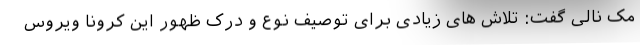
مک نالی گفت: تلاش های زیادی برای توصیف نوع و درک ظهور این کرونا ویروس